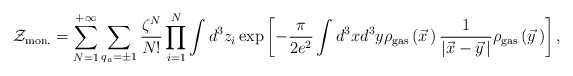
\begin{align*}{\cal Z}_{\rm mon.}=\sum\limits_{N=1}^{+\infty}\sum\limits_{q_a=\pm 1}^{}\frac{\zeta^N}{N!}\prod\limits_{i=1}^{N}\int d^3z_i\exp\left[-\frac{\pi}{2e^2}\int d^3xd^3y \rho_{\rm gas}\left(\vec x{\,}\right)\frac{1}{\left|\vec x-\vec y{\,}\right|}\rho_{\rm gas}\left(\vec y{\,}\right)\right],\end{align*}